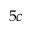
5 c